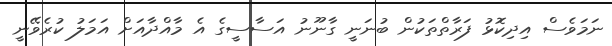
ނަމަވެސް އިދިކޮޅު ފަރާތްތަކުން ބުނަނީ ގާނޫނު އަސާސީގެ އެ މާއްދާއަށް އަމަލު ކުރެވޭނީ